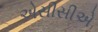
એસીસીએ